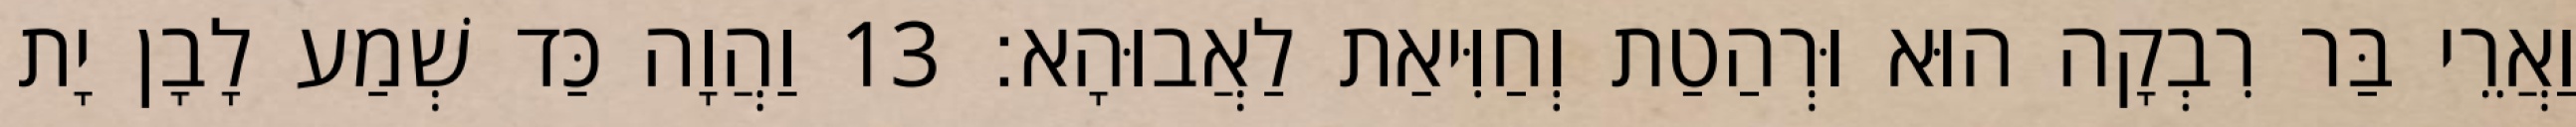
וַאֲרֵי בַּר רִבְקָה הוּא וּרְהַטַת וְחַוִּיאַת לַאֲבוּהָא׃ 13 וַהֲוָה כַּד שְׁמַע לָבָן יָת